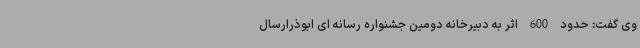
وی گفت: حدود 600 اثر به دبیرخانه دومین جشنواره رسانه ای ابوذرارسال